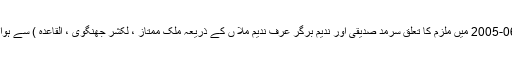
2005-06 میں ملزم کا تعلق سرمد صدیقی اور ندیم برگر عرف ندیم ملا ں کے ذریعہ ملک ممتاز ، لکشر جھنگوی ، القاعدہ ) سے ہوا ۔